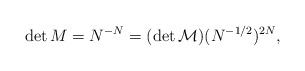
\begin{align*}\det M=N^{-N}=(\det{\cal M})(N^{-1/2})^{2N},\end{align*}